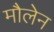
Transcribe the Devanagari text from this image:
मौलेन